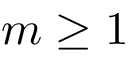
m \geq 1